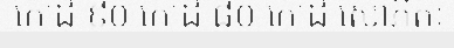
កោដិ ៩០ កោដិ ៨០ កោដិ សោភិតៈ